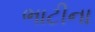
ભાટીના